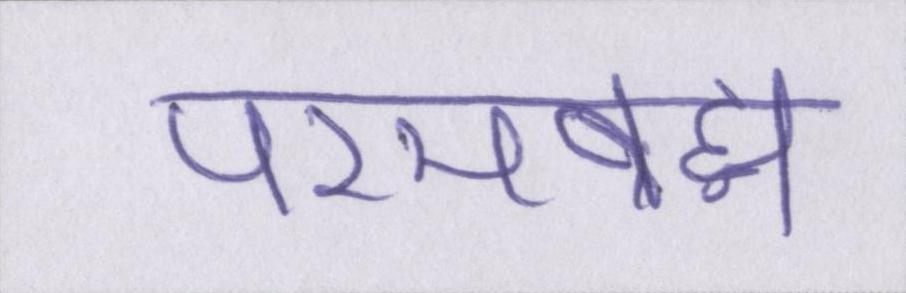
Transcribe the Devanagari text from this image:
परमब्रह्म